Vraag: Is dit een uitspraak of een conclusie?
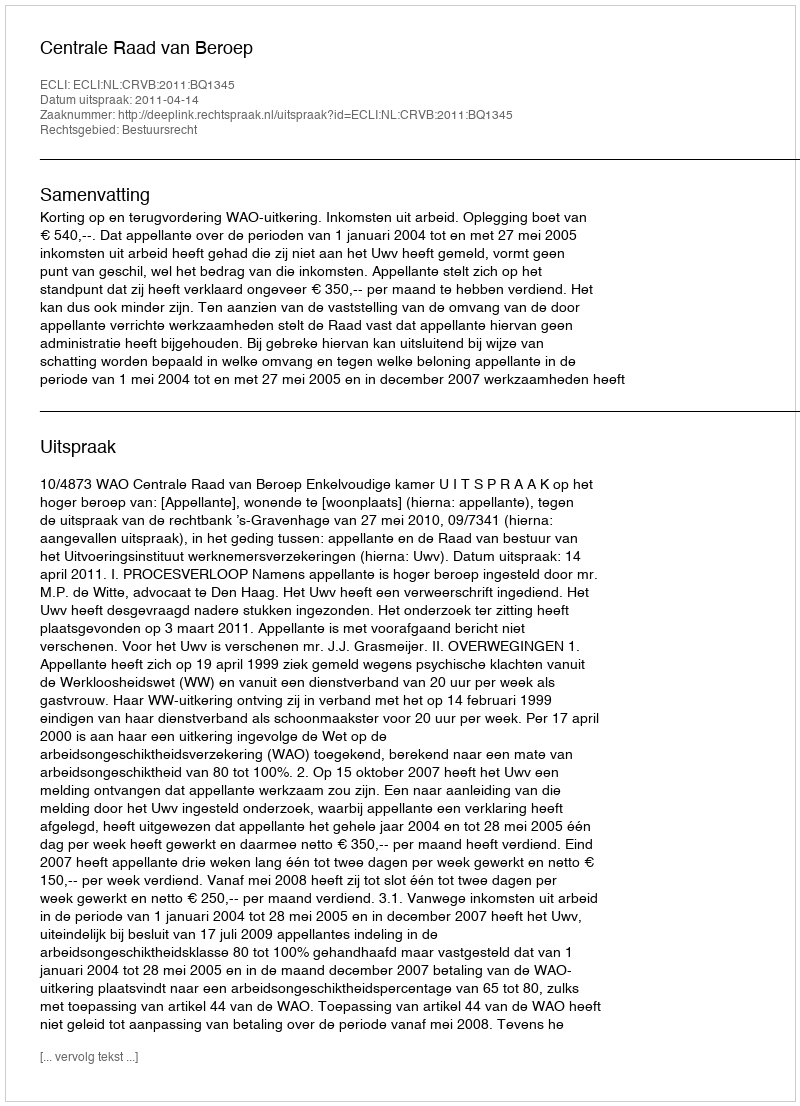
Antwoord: Uitspraak